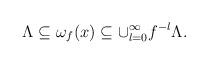
LaTeX: \begin{align*}\Lambda\subseteq\omega_f(x)\subseteq \cup_{l=0}^{\infty}f^{-l}\Lambda.\end{align*}